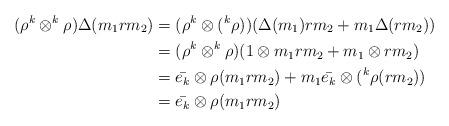
LaTeX: \begin{align*}(\rho^{k} \otimes ^{k} \rho)\Delta(m_{1}rm_{2})&=(\rho^{k} \otimes (^{k}\rho))(\Delta(m_{1})rm_{2}+m_{1}\Delta(rm_{2})) \\&=(\rho^{k} \otimes ^{k} \rho)(1 \otimes m_{1}rm_{2}+m_{1} \otimes rm_{2}) \\&=\bar{e_{k}} \otimes \rho(m_{1}rm_{2}) + m_{1}\bar{e_{k}} \otimes (^{k}\rho(rm_{2})) \\&=\bar{e_{k}} \otimes \rho(m_{1}rm_{2})\end{align*}